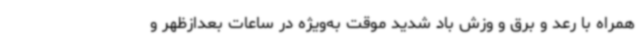
همراه با رعد و برق و وزش باد شدید موقت به‌ویژه در ساعات بعدازظهر و